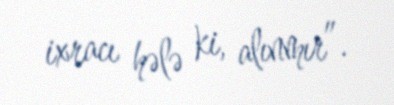
ixracı hələ ki, alınmır”.